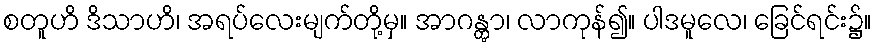
စတူဟိ ဒိသာဟိ၊ အရပ်လေးမျက်တို့မှ။ အာဂန္တွာ၊ လာကုန်၍။ ပါဒမူလေ၊ ခြေင်ရင်း၌။